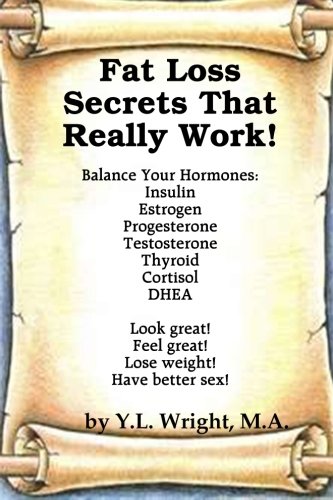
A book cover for Fat Loss Secrets That Really Work! Balance Your Hormones: Insulin, Estrogen, Progesterone, Testosterone, Thyroid, Cortisol, And Dhea; Y.L. Wright; Health, Fitness & Dieting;